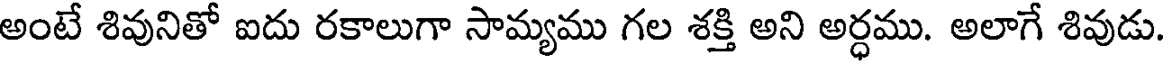
అంటే శివునితో ఐదు రకాలుగా సామ్యము గల శక్తి అని అర్ధము. అలాగే శివుడు.